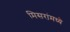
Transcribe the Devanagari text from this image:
मिसरांमध्ये